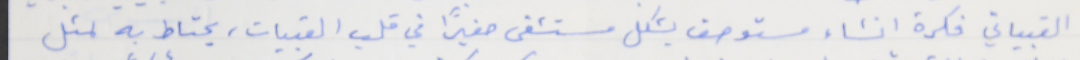
القبياتي فكرة انشاء مستوصف يشكل مستشفى صغيرًا في قلب القبيات، يحتاط به لمثل